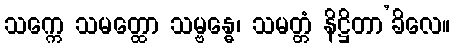
သက္ကေ သမတ္ထော သမ္ဗန္ဓေ၊ သမတ္တံ နိဋ္ဌိတာ’ခိလေ။